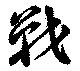
戰